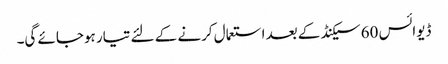
ڈیوائس 60 سیکنڈ کے بعد استعمال کرنے کے لئے تیار ہوجائے گی۔